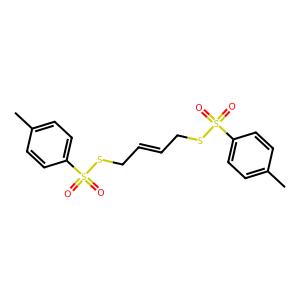
SMILES: Cc1ccc(S(=O)(=O)SCC=CCSS(=O)(=O)c2ccc(C)cc2)cc1
Inhibits HIV replication: No